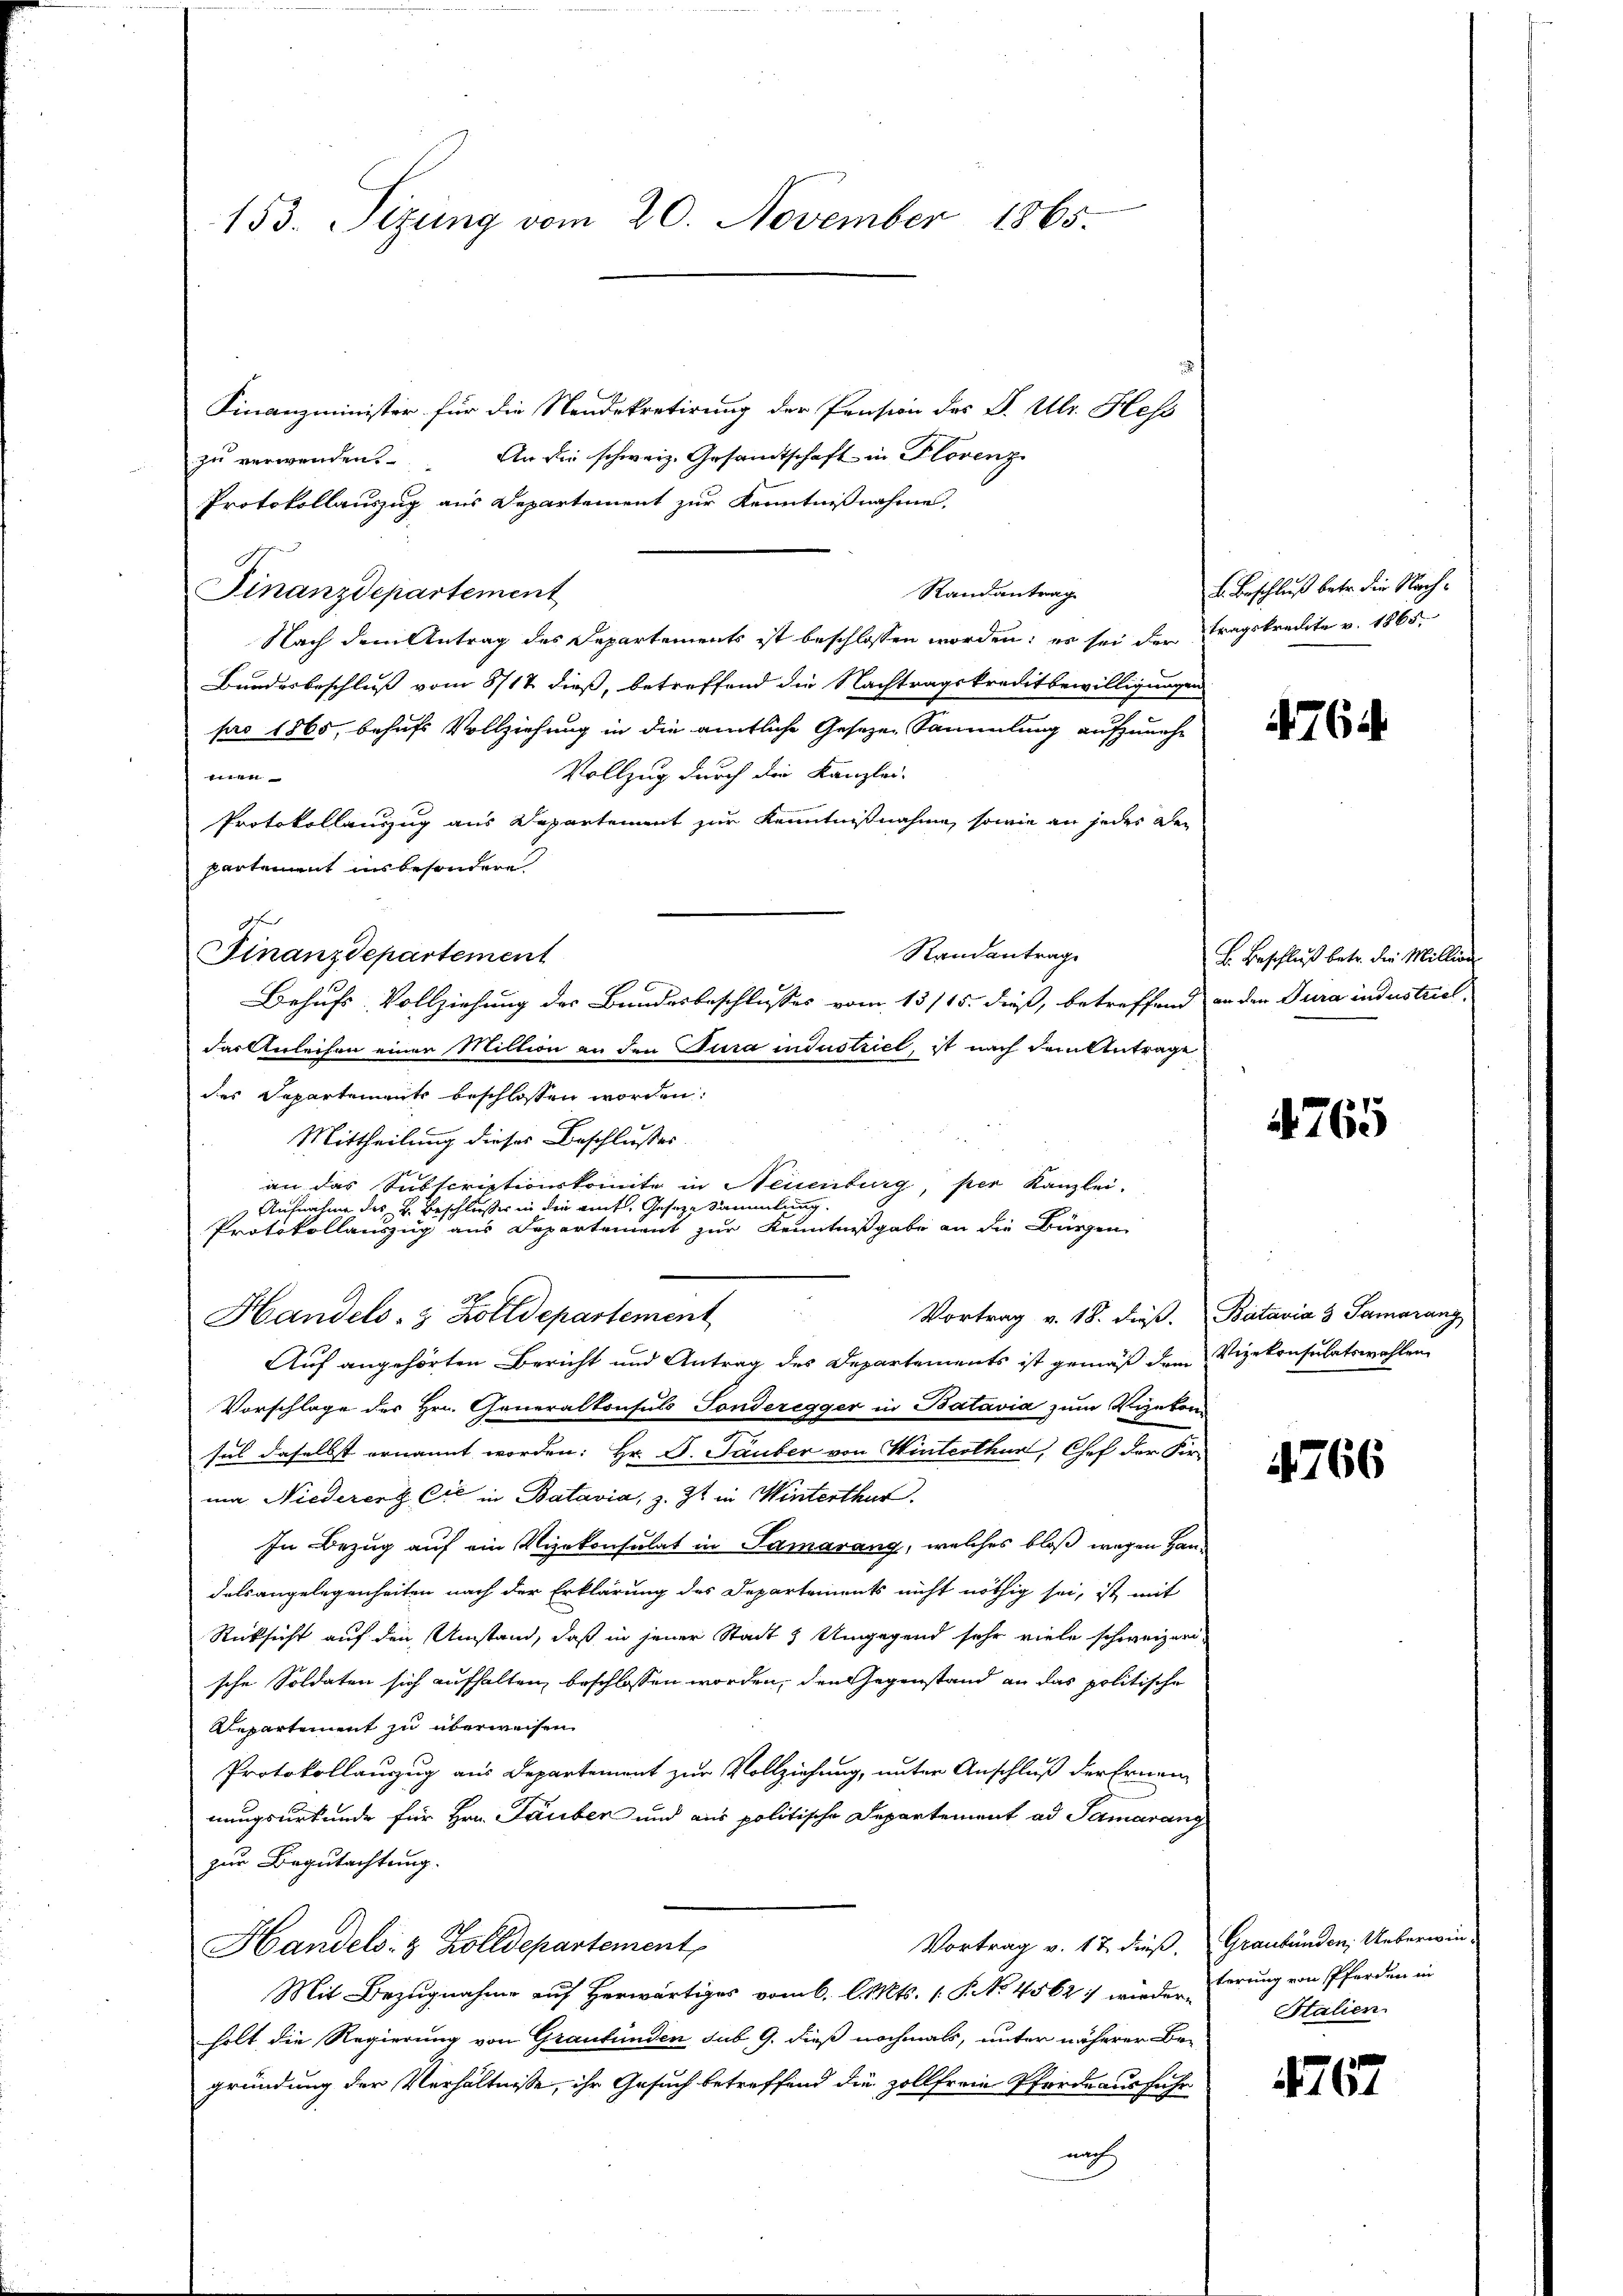
153. Sizung vom 20. November 1865.

Finanzminister für die Neudekretirung der Pension des P. Ubr. Hess
zu verwenden. An die schweiz. Gesandtschaft in Florenz
Protokollauszug aus Departement zur Kenntnißnahme.
Randantrag
Finanzdepartement
Nach dem Antrag des Departements ist beschlossen worden; es sei der tragskredite v. 1865.
Bundesbeschluß vom 8717. dieß, betreffend die Nachtragskreditbewilligungen
pro 1865, behufs Vollziehung in die amtliche Gesetzen Sammlung aufzuneh¬
Vollzug durch die Kanzlei-
men
Protokollauszug aus Departement zur Kenntnißnahme, sowie an jeder den
Randantrag
das Anleihen einer Miltion an den Jura industriet, ist nach dem Antrage
des Departements beschlossen worden:
Mittheilung dieses Beschlusses
an das Subscriptionskomite in Neuenburg, per Kanzlei.
Aufnahme des v. Beschlusser in die auf, Geseze Sammlung
Protokollauszug aus Departement zur Kenntnißgabe an die Bürgen
Vortrag v. 18. dieß. Batavia 3 Samaranz
Handels- & Zolldepartement
Auf angehörten Bericht und Antrag des Departements ist gemäß dem Vizekonsulatswahlen
Vorschlage des Hrn. Generalkonsuls Sonderegger in Batavia zum Vizekonsul daselbst ernannt worden: Hr. D. Tauber von Winterthur, Chef der Fir-
ma Niedereng Cie in Batavia, z. Zt. in Winterthur.
In Bezug auf ein Vizekonsulat in Samarang, welches bloß wegen Handelsangelegenheiten nach der Erklärung des Departements nicht nöthig sei, ist mit
Rücksicht auf den Umstand, daß in jener Stadt & Umgegend sehr viele schweizerische Soldaten sich aufhalten beschlossen worden, den Gegenstand an das politische
Repartement zu überweisen.
Protokollauzug aus Departement zur Vollziehung, unter Anschluß der Ernennungsurkunde für Hrn. Tauben und aus politische Departement ad Samarang
zur Begutachtung.
Vortrag v. 17 dieß.
Handels- & Zolldepartement
Mit Bezugnahme auf Herwärtiges vom 6. l. Mts. 1. P. No. 4562: wieder erung von Pferden in
holt die Regierung von Graubünden sub. 9. dieß nochmals, unter näherer Begründung der Verhältnisse, ihr Gesuch betreffend die zollfreie Pferdeausfuhr
auch

partement insbesondere.
e
Finanzdepartement

Behufs Vollziehung des Bundesbeschlusses vom 13/15. dieß, betreffend an den Jura industriel

L. Beschluß betr. die Nach¬

4764.

B. Beschluß betr. die Million

765

4766

Graubünden; Ueberwin¬
Stalien.

4767